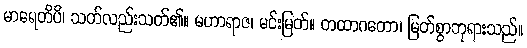
မာရေတိပိ၊ သတ်လည်းသတ်၏။ မဟာရာဇ၊ မင်းမြတ်။ တထာဂတော၊ မြတ်စွာဘုရားသည်။